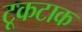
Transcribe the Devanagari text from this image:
टूकटाक